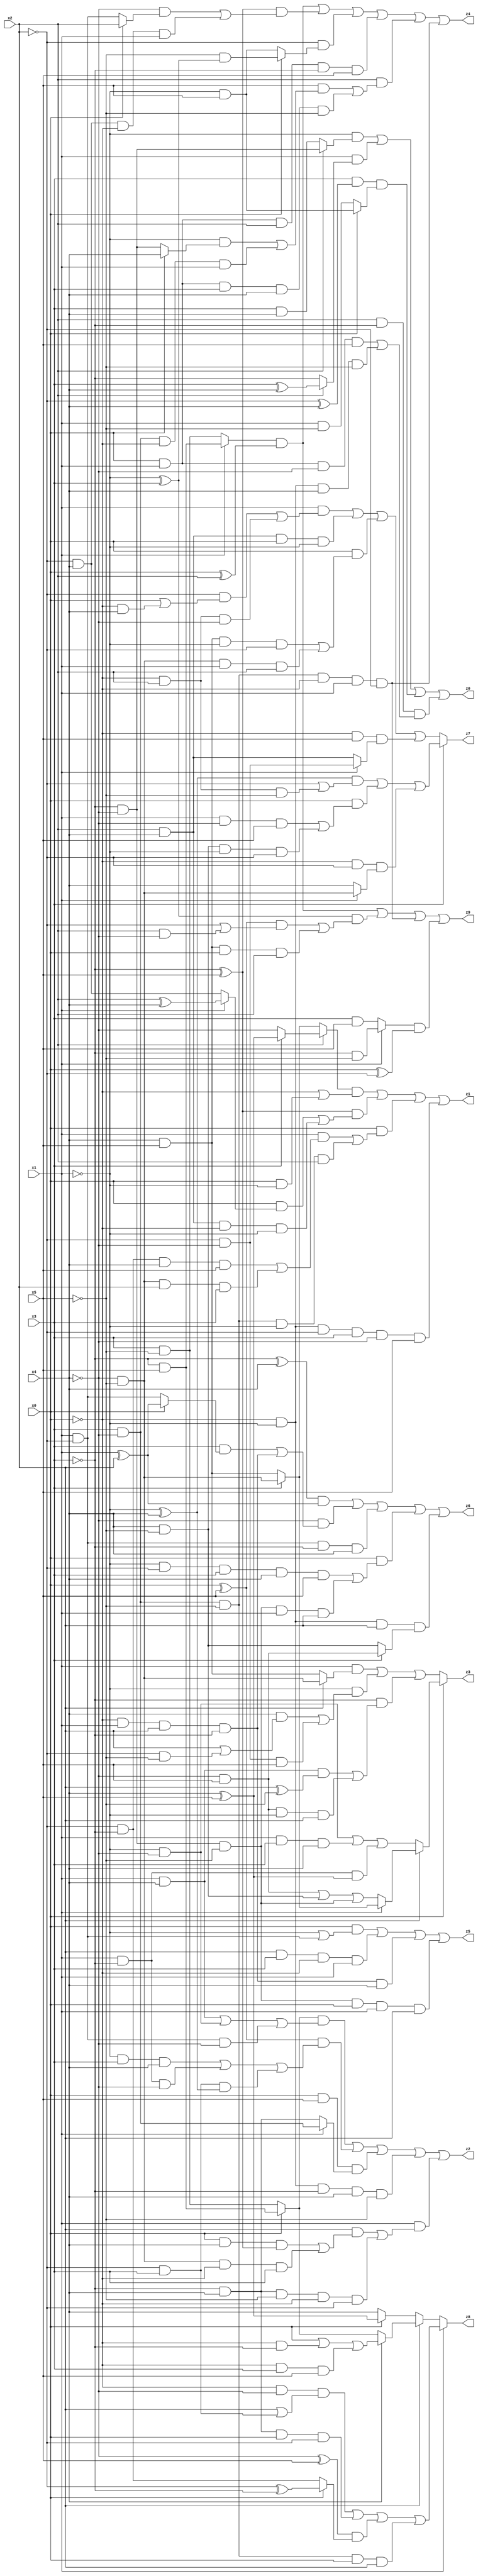
// Benchmark "X_24" written by ABC on Mon Jun 05 18:10:12 2023

module X_24 ( 
    x0, x1, x2, x3, x4, x5,
    z0, z1, z2, z3, z4, z5, z6, z7, z8, z9  );
  input  x0, x1, x2, x3, x4, x5;
  output z0, z1, z2, z3, z4, z5, z6, z7, z8, z9;
  assign z0 = (~x1 & (x2 ? (~x3 & ~x4) : (x3 & x4))) | (x1 & (x2 ? (x3 ^ x4) : ~x3)) | (x3 & (~x2 ^ x4) & (x0 ? (~x1 & x5) : (x1 & ~x5))) | (x2 & ~x3 & ((x0 & x1 & ~x4 & x5) | (~x0 & ~x1 & x4 & ~x5)));
  assign z1 = ((x2 ? (x3 ? (x4 ^ x5) : ~x4) : (x3 ? (~x4 & ~x5) : (x4 & x5))) & (~x0 | (x0 & ~x1))) | ((~x3 ^ x5) & ((x0 & (x1 ? (x2 ^ x4) : (~x2 & x4))) | (x2 & x4 & ~x0 & ~x1))) | (x0 & ((x1 & ((~x2 & ~x3 & x4 & x5) | (~x4 & ~x5 & x2 & x3))) | (x3 & ~x4 & ~x5 & ~x1 & x2))) | (~x0 & ~x1 & ~x2 & x3 & ~x4 & x5);
  assign z2 = ((x0 ? (~x3 & x5) : (x3 & ~x5)) & ((x1 & x4) | (~x1 & ~x4) | (x1 & ~x2 & ~x4))) | ((x0 ^ x5) & ((~x1 & x3 & x4) | (x1 & ~x3 & ~x4) | (~x2 & x3 & (~x1 ^ x4)))) | (x0 & x5 & (x1 ? (x3 & ~x4) : (~x3 & x4))) | (~x0 & ~x1 & ~x3 & x4 & ~x5) | (x1 & ((x2 & ((x0 & x4 & (~x3 ^ x5)) | (~x4 & ~x5 & ~x0 & x3))) | (~x3 & x4 & ~x5 & ~x0 & ~x2)));
  assign z3 = x0 ? (x2 ? (x1 ? (x3 ? (~x4 & ~x5) : (x4 & x5)) : ((~x4 & x5) | (x4 & ~x5) | (~x3 & ~x4 & ~x5))) : ((~x1 & ~x4) | (x1 & x3 & x4) | (x1 & ~x3 & (x4 ^ x5)))) : ((x1 & (x2 ? (~x4 & ~x5) : (x4 & x5))) | (~x1 & ((x4 & (x2 | (~x2 & ~x5))) | (~x2 & ~x4 & x5))) | (~x3 & ((x1 & x4 & (x2 ^ ~x5)) | (~x4 & x5 & ~x1 & x2))));
  assign z4 = ((x1 ? (~x3 & x5) : (x3 & ~x5)) & (x0 ^ x2)) | ((~x3 ^ x5) & ((~x4 & (x0 ? x2 : (x1 & ~x2))) | (~x2 & x4 & ~x0 & x1))) | (~x2 & (x0 ? (~x5 & (~x1 ^ x3)) : (~x1 & x5))) | (x0 & x1 & x2 & ~x3 & x5) | (x2 & ((x5 & ((~x1 & (x0 ? x4 : (~x3 & ~x4))) | (x3 & ~x4 & ~x0 & x1))) | (x0 & x1 & x3 & x4 & ~x5))) | (x3 & ~x4 & ~x5 & ~x0 & x1 & ~x2);
  assign z5 = (x0 & (~x1 | (x1 & ~x2))) | (x2 & x3 & ~x0 & x1) | (~x0 & x1 & x2 & ~x3 & x4) | (~x3 & ~x4 & ~x5 & x0 & x1 & x2);
  assign z6 = ((~x3 ^ x4) & (x1 ^ x2)) | (~x4 & ((x3 & (x0 ? (x1 ^ x2) : (x1 & ~x2))) | (~x0 & x1 & x2 & ~x3))) | (x1 & ~x2 & ~x3 & x4) | (x0 & ((~x1 & ~x2 & x3 & x4 & x5) | (~x3 & ~x4 & ~x5 & x1 & x2))) | (~x0 & ~x1 & x2 & (x3 ? (~x4 & x5) : (x4 & ~x5)));
  assign z7 = x3 ? (((~x1 ^ x4) & (~x2 | (~x0 & x2 & ~x5))) | (x0 & ((x1 & ~x4 & x5) | (x4 & ~x5 & ~x1 & ~x2))) | (~x0 & ~x2 & (x1 ? (~x4 & ~x5) : x4))) : ((x1 & ((~x2 & (x0 | (~x0 & x4))) | (~x0 & x2 & ~x4))) | (x2 & x4 & x0 & ~x1) | (x0 & ((x4 & x5 & ~x1 & ~x2) | (~x4 & ~x5 & x1 & x2))) | (~x0 & x5 & (x1 ? (~x2 & ~x4) : (x2 & x4))));
  assign z8 = x1 ? ((~x0 & ~x4 & (x2 | (~x2 & x3))) | (~x3 & x4 & x0 & ~x2) | ((~x4 ^ x5) & (x0 ? (~x2 ^ ~x3) : (~x2 & ~x3))) | (x3 & ~x4 & ~x5 & x0 & x2)) : (x2 ? (x4 ? (x0 | (~x0 & ~x3) | (~x0 & x3 & x5)) : (x0 ? (~x3 & x5) : (x3 & ~x5))) : (x0 ? (x4 ^ x5) : x4));
  assign z9 = ((x1 ? (~x3 & x5) : (x3 & ~x5)) & (x0 ^ x2)) | ((~x1 ^ x3) & (((x0 ^ x5) & (~x2 | (x2 & ~x4))) | (x4 & x5 & x0 & x2))) | (x3 & ~x4 & ~x5 & ~x0 & x1 & ~x2) | ((x1 ? (~x3 & ~x5) : (x3 & x5)) & (x0 ^ ~x2));
endmodule